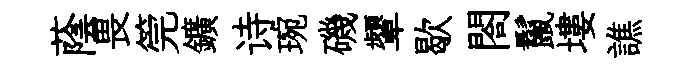
蔭畏筦鑛诗琬磯顰歇閤鬣塿譙